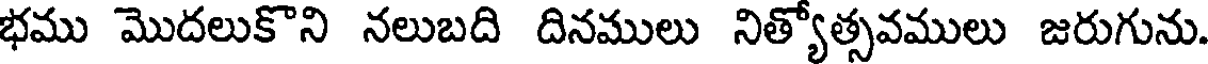
భము మొదలుకొని నలుబది దినములు నిత్యోత్సవములు జరుగును.